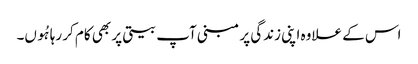
اس کے علاوہ اپنی زندگی پر مبنی آپ بیتی پر بھی کام کر رہا ہُوں۔